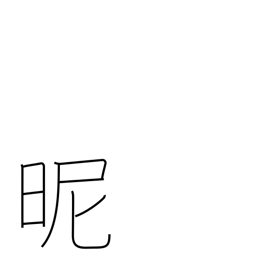
Meaning: reconcile